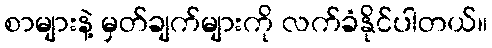
စာများနဲ့ မှတ်ချက်များကို လက်ခံနိုင်ပါတယ်။